Leaving Certificate Examination (including Day School Certificate (Higher) General paper), 1927
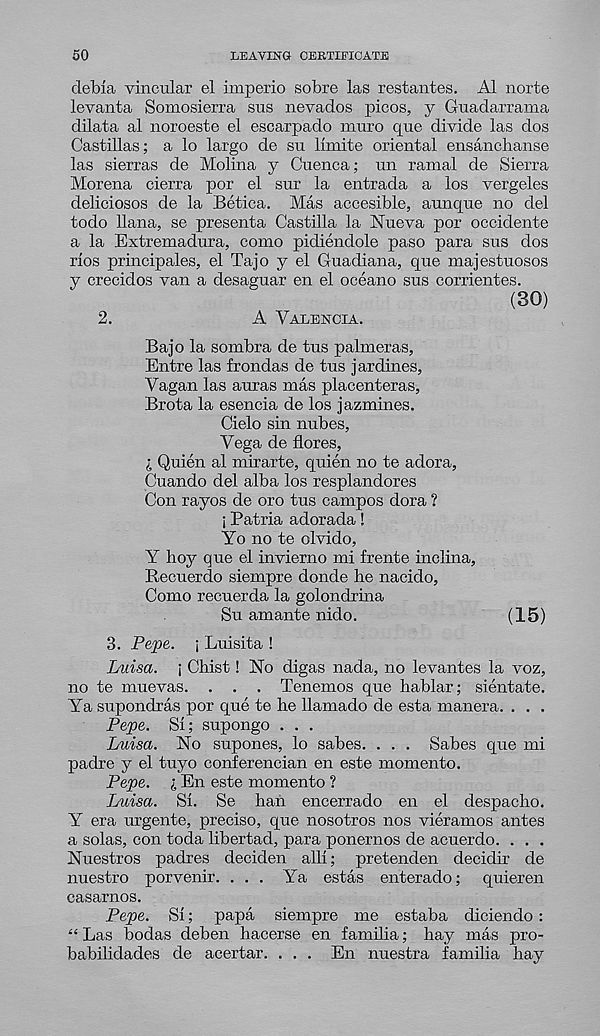
50
LEAVING CERTIFICATE
debia vincular el imperio sobre las restantes. A1 norte
levanta Somosierra sus nevados picos, y Guadarrama
dilata al noroeste el escarpado nrnro que divide las dos
Castillas; a lo largo de su limite oriental ensanchanse
las sierras de Molina y Cuenca; un ramal de Sierra
Morena cierra por el sur la entrada a los vergeles
deliciosos de la Betica. Mas accesible, aunque no del
todo liana, se presenta Castilla la Nueva por occidente
a la Extremadura, como pidiendole paso para sus dos
rios principales, el Tajo y el Guadiana, que majestuosos
y crecidos van a desaguar en el oceano sns corrientes.
(30)
2.
A Valencia.
Bajo la sombra de tus palmeras,
Entre las frondas de tus jardines,
Vagan las auras mas placenteras,
Brota la esencia de los jazmines.
Cielo sin nubes,
Vega de flores,
l Quien al mirarte, quien no te adora,
Cuando del alba los resplandores
Con rayos de oro tus campos dora ?
i Patria adorada!
Yo no te clvido,
Y hoy que el invierno mi frente inclina,
Recuerdo siempre donde he nacido,
Como recuerda la golondrina
Su amante nido.
(15)
3. Pepe. ; Luisita !
Lmsa. ; Chist! No digas nada, no levantes la voz,
no te muevas. . . . Tenemos que hablar; sientate.
Ya supondras por que te he llamado de esta manera. . . .
Pepe. Si; supongo . . .
Luisa. No supones, lo sabes. . . . Sabes que mi
padre y el tuyo conferencian en este momento.
Pepe. i En este momento ?
Luisa. Si. Se ban encerrado en el despacho.
Y era urgente, precise, que nosotros nos vieramos antes
a solas, con toda libertad, para ponernos de acuerdo. . . .
Nuestros padres deciden alii; pretenden decidir de
nuestro porvenir. ... Ya estas enterado; quieren
casarnos.
Pepe. Si; papa siempre me estaba diciendo :
“ Las bodas deben hacerse en familia; hay mas pro-
babilidades de acertar. . . . En nuestra familia hay